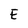
Character: E